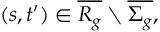
( s , t ^ { \prime } ) \in \overline { { R _ { g } } } \setminus \overline { { \Sigma _ { g } } } ,